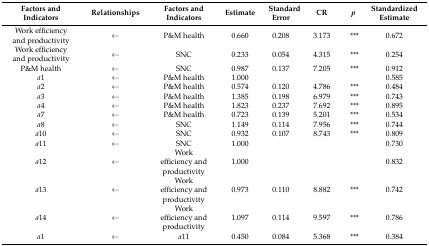
<table><thead><tr><td><b>Factors and Indicators </b></td><td><b>Relationships</b></td><td><b>Factors and Indicators</b></td><td><b>Estimate</b></td><td><b>Standard Error</b></td><td><b>CR</b></td><td><b><i>p</i></b></td><td><b>Standardized Estimate</b></td></tr></thead><tbody><tr><td>Work efficiency and productivity</td><td>←</td><td>P&amp;M health</td><td>0.660</td><td>0.208</td><td>3.173</td><td>***</td><td>0.672</td></tr><tr><td>Work efficiency and productivity</td><td>←</td><td>SNC</td><td>0.233</td><td>0.054</td><td>4.315</td><td>***</td><td>0.254</td></tr><tr><td>P&amp;M health</td><td>←</td><td>SNC</td><td>0.987</td><td>0.137</td><td>7.205</td><td>***</td><td>0.912</td></tr><tr><td><i>a</i>1</td><td>←</td><td>P&amp;M health</td><td>1.000</td><td></td><td></td><td></td><td>0.585</td></tr><tr><td><i>a</i>2</td><td>←</td><td>P&amp;M health</td><td>0.574</td><td>0.120</td><td>4.786</td><td>***</td><td>0.484</td></tr><tr><td><i>a</i>3</td><td>←</td><td>P&amp;M health</td><td>1.385</td><td>0.198</td><td>6.979</td><td>***</td><td>0.743</td></tr><tr><td><i>a</i>4</td><td>←</td><td>P&amp;M health</td><td>1.823</td><td>0.237</td><td>7.692</td><td>***</td><td>0.895</td></tr><tr><td><i>a</i>7</td><td>←</td><td>P&amp;M health</td><td>0.723</td><td>0.139</td><td>5.201</td><td>***</td><td>0.534</td></tr><tr><td><i>a</i>8</td><td>←</td><td>SNC</td><td>1.149</td><td>0.114</td><td>7.956</td><td>***</td><td>0.744</td></tr><tr><td><i>a</i>10</td><td>←</td><td>SNC</td><td>0.932</td><td>0.107</td><td>8.743</td><td>***</td><td>0.809</td></tr><tr><td><i>a</i>11</td><td>←</td><td>SNC</td><td>1.000</td><td></td><td></td><td></td><td>0.730</td></tr><tr><td><i>a</i>12</td><td>←</td><td>Work efficiency and productivity</td><td>1.000</td><td></td><td></td><td></td><td>0.832</td></tr><tr><td><i>a</i>13</td><td>←</td><td>Work efficiency and productivity</td><td>0.973</td><td>0.110</td><td>8.882</td><td>***</td><td>0.742</td></tr><tr><td><i>a</i>14</td><td>←</td><td>Work efficiency and productivity</td><td>1.097</td><td>0.114</td><td>9.597</td><td>***</td><td>0.786</td></tr><tr><td><i>a</i>1</td><td>←</td><td><i>a</i>11</td><td>0.450</td><td>0.084</td><td>5.368</td><td>***</td><td>0.384</td></tr></tbody></table>